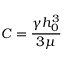
C = \frac { \gamma h _ { 0 } ^ { 3 } } { 3 \mu }